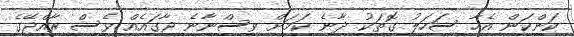
ކަންކަން އެހާ ސަހަލު ގޮތަކު ދާނެ ކަމަށް ވިސްނާނެ ޖާގައެއް ވެސް ރާއްޖޭގެ